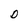
Character: D